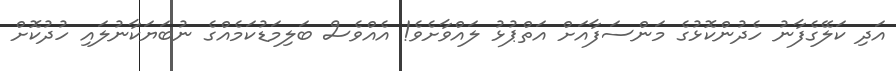
އަދި ކަލޭގެފާނު ހެދުންކޮޅުގެ މަންސަފާއަށް އަތްޕުޅު ލައްވާށެވެ! އެއްވެސް ބަލިމަޑުކަމެއްގެ ނުބަޔަކާނުލައި ހުދުކޮށް